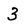
Character: 3